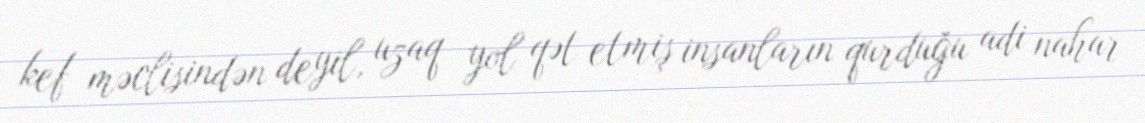
kef məclisindən deyil, uzaq yol qət etmiş insanların qurduğu adi nahar